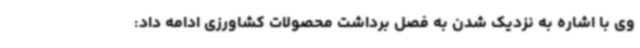
وی با اشاره به نزدیک شدن به فصل برداشت محصولات کشاورزی ادامه داد: